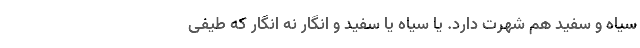
سیاه و سفید هم شهرت دارد. یا سیاه یا سفید و انگار نه انگار که طیفی